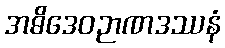
အဓိဒေဝဉာဏဒဿနံ